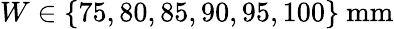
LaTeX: W\in\{ 75,80,85,90,95,100\} \ \mathrm{mm}